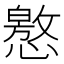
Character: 㦘